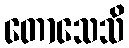
တောသေသိ